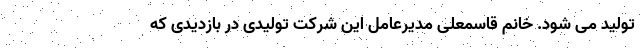
تولید می شود. خانم قاسمعلی مدیرعامل این شرکت تولیدی در بازدیدی که